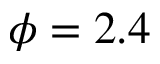
\phi = 2 . 4